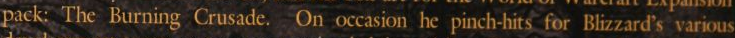
pack: The Burning Crusade, On occasion he pinch-hits for Blizzard's various